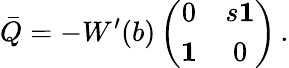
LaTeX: \bar{Q}=-W^{\prime}(b)\left(\begin{array}{cc}{{0}}&{{s{\mathbf 1}}}\\ {{{\mathbf 1}}}&{{0}}\end{array}\right)\, .